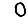
Digit: 0